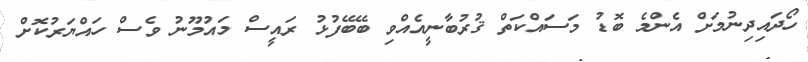
ހޯދައިދިނުމަށް އެންމެ ބޮޑު މަސައްކަތް ޤުރުބާނީއެއްވި ބޭބޭފުޅު ރައީސް މައުމޫނު ވެސް ހައްޔަރުކޮށް